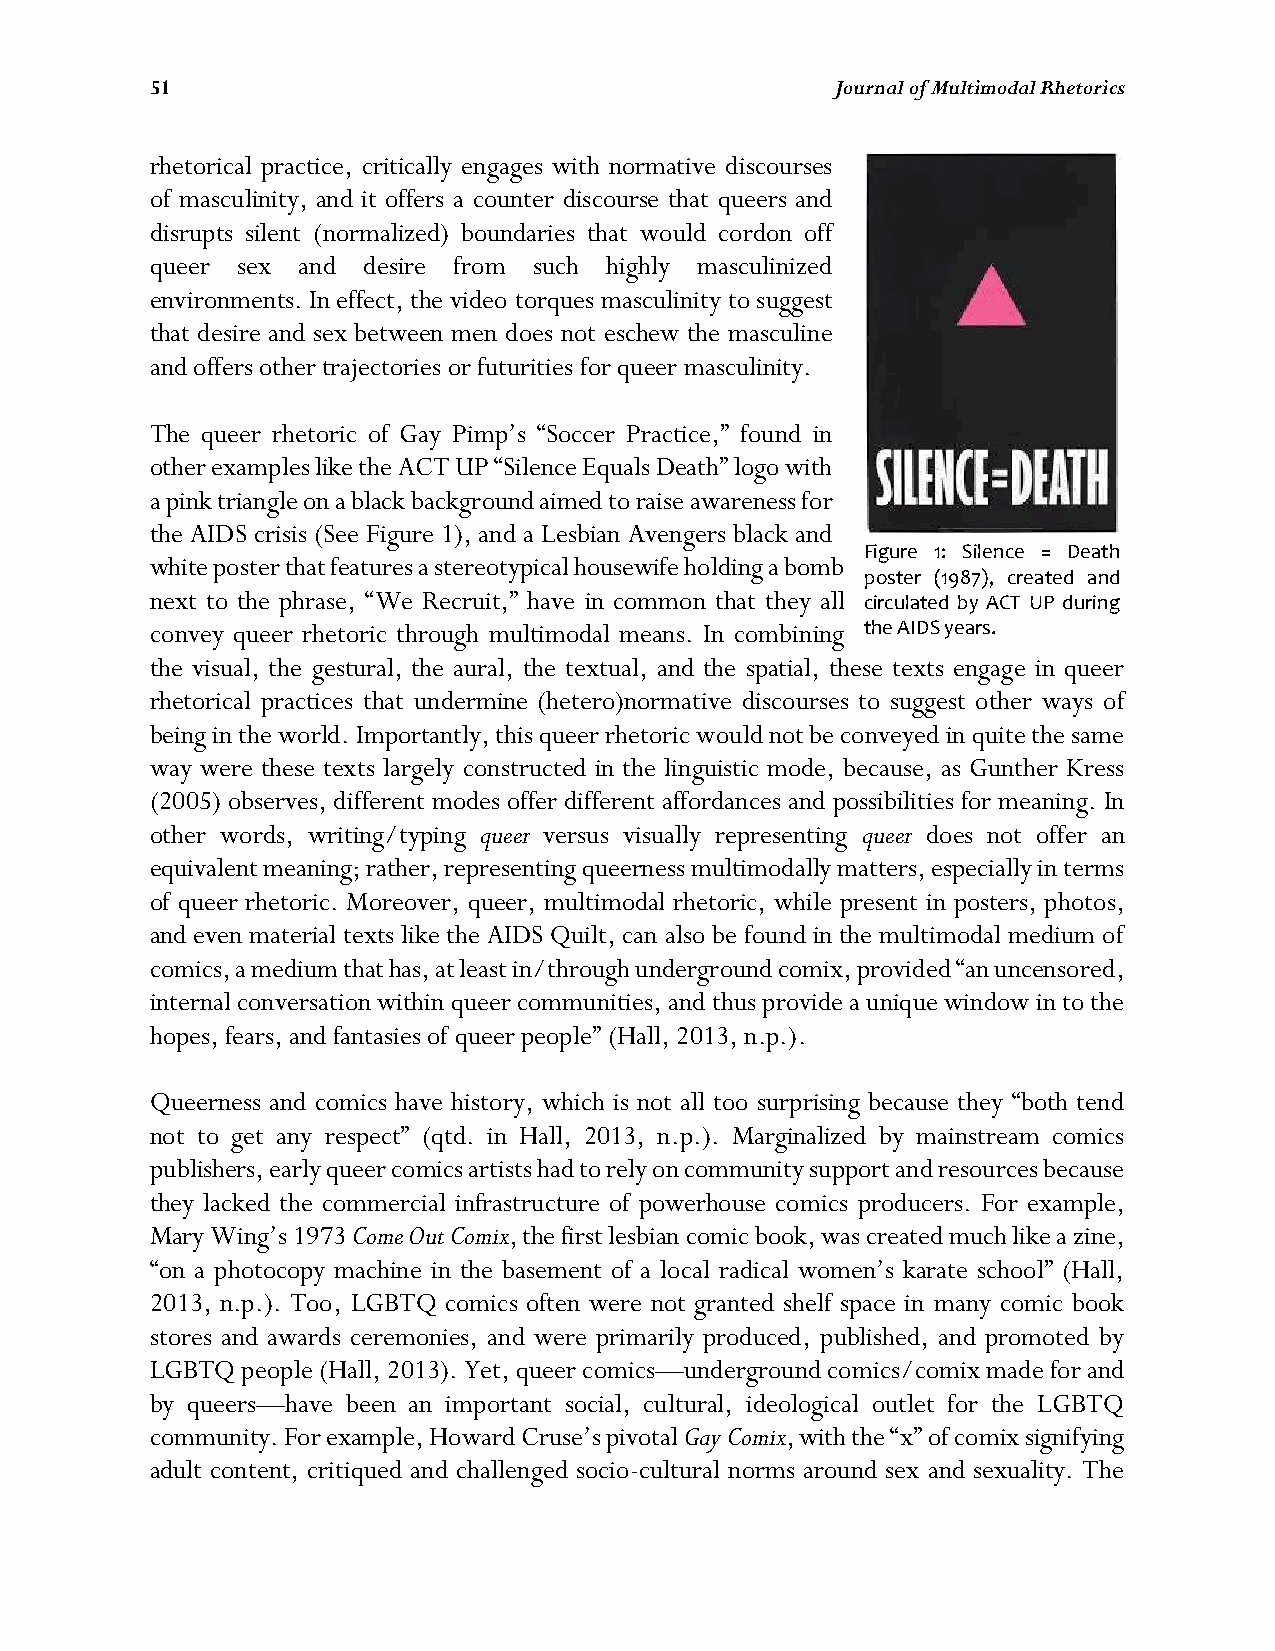
51                                           Journal of Multimodal Rhetorics
 rhetorical practice, critically engages with normative discourses
 of masculinity, and it offers a counter discourse that queers and
 disrupts silent (normalized) boundaries that would cordon off
 queer sex and desire from such highly masculinized
 environments. In effect, the video torques masculinity to suggest
 that desire and sex between men does not eschew the masculine
 and offers other trajectories or futurities for queer masculinity.
 The queer rhetoric of Gay Pimp’s “Soccer Practice,” found in
 other examples like the ACT UP “Silence Equals Death” logo with
 a pink triangle on a black background aimed to raise awareness for
 the AIDS crisis (See Figure 1), and a Lesbian Avengers black and
 Figure 1: Silence = Death
 white poster that features a stereotypical housewife holding a bomb
 poster (1987), created and
 next to the phrase, “We Recruit,” have in common that they all circulated by ACT UP during
 convey queer rhetoric through multimodal means. In combining the AIDS years.
 the visual, the gestural, the aural, the textual, and the spatial, these texts engage in queer
 rhetorical practices that undermine (hetero)normative discourses to suggest other ways of
 being in the world. Importantly, this queer rhetoric would not be conveyed in quite the same
 way were these texts largely constructed in the linguistic mode, because, as Gunther Kress
 (2005) observes, different modes offer different affordances and possibilities for meaning. In
 other words, writing/typing queer versus visually representing queer does not offer an
 equivalent meaning; rather, representing queerness multimodally matters, especially in terms
 of queer rhetoric. Moreover, queer, multimodal rhetoric, while present in posters, photos,
 and even material texts like the AIDS Quilt, can also be found in the multimodal medium of
 comics, a medium that has, at least in/through underground comix, provided “an uncensored,
 internal conversation within queer communities, and thus provide a unique window in to the
 hopes, fears, and fantasies of queer people” (Hall, 2013, n.p.).
 Queerness and comics have history, which is not all too surprising because they “both tend
 not to get any respect” (qtd. in Hall, 2013, n.p.). Marginalized by mainstream comics
 publishers, early queer comics artists had to rely on community support and resources because
 they lacked the commercial infrastructure of powerhouse comics producers. For example,
 Mary Wing’s 1973 Come Out Comix, the first lesbian comic book, was created much like a zine,
 “on a photocopy machine in the basement of a local radical women’s karate school” (Hall,
 2013, n.p.). Too, LGBTQ comics often were not granted shelf space in many comic book
 stores and awards ceremonies, and were primarily produced, published, and promoted by
 LGBTQ people (Hall, 2013). Yet, queer comics—underground comics/comix made for and
 by queers—have been an important social, cultural, ideological outlet for the LGBTQ
 community. For example, Howard Cruse’s pivotal Gay Comix, with the “x” of comix signifying
 adult content, critiqued and challenged socio-cultural norms around sex and sexuality. The